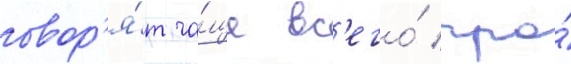
говор'я́т ча́ще вс'его́ про́